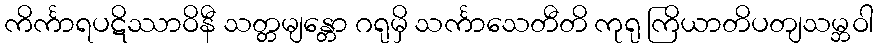
ကိင်္ကာရပဋိဿာဝိနီ သတ္တမျန္တော ဂရုမှိ သင်္ကာသေတီတိ ကုရု ကြိယာတိပတျသမ္ဘဝါ